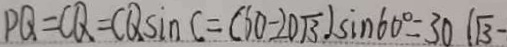
P Q = C Q = C Q \sin C = ( 6 0 - 2 0 \sqrt { 3 } ) \sin 6 0 ^ { \circ } = 3 0 ( \sqrt { 3 } -